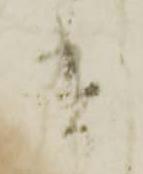
其